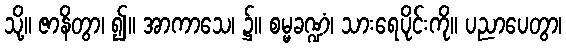
သို့။ ဇာနိတွာ၊ ၍။ အာကာသေ၊ ၌။ စမ္မခဏ္ဍံ၊ သားရေပိုင်းကို။ ပညာပေတွာ၊